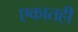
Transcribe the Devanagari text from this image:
एकातही